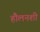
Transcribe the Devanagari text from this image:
हौलनशी